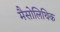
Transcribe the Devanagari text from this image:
मैसोलिथिक